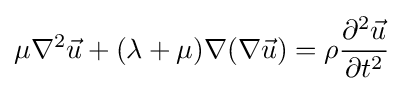
\mu \nabla ^{2}{\vec {u}}+(\lambda +\mu )\nabla (\nabla {\vec {u}})=\rho {\partial ^{2}{\vec {u}} \over \partial t^{2}}